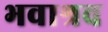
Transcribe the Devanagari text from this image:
भवाश्रव